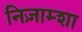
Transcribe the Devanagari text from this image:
निज़ाम्शा